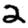
Digit: 2